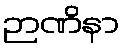
ဉာဏိနာ